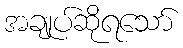
အချုပ်ဆိုရသော်